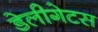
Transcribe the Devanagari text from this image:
डेलीगेटस